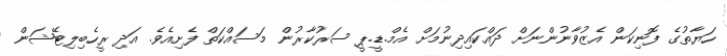
ހަޔާތުގެ ފޮނިކަން އެޒުވާނުންނަށް ދައްކައިދިނުމަށް އެމް.ޑީ.ޕީ ސަރުކާރުން މަސައްކަތް ފެށިއެވެ. އަދި ރީހެބިލިޓޭޝަން